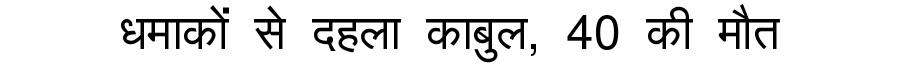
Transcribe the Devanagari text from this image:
धमाकों से दहला काबुल, 40 की मौत